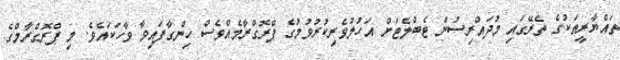
ތައްޔާރީތަކުގެ ތެރޭގައި މުދައްރިސުން ޓެބްލެޓަށް އަހުލުވެރިކުރުވުމުގެ ޕްރޮގްރާމެއްވެސް ހިންގާފައިވާ ވާހަކައެވެ. މި ޕްރޮގްރާމްގެ